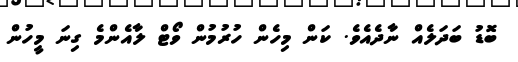
ބޮޑު ބަދަލެއް ނާދެއެވެ. ކަން މިހެން ހުރުމުން ވޯޓް ލާއެންމެ ގިނަ މީހުން